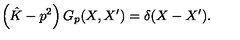
\left( \hat { K } - p ^ { 2 } \right) G _ { p } ( X , X ^ { \prime } ) = \delta ( X - X ^ { \prime } ) .